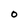
Character: O